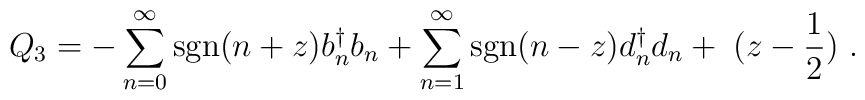
Q_3 = -\sum_{n=0}^{\infty} {\rm{sgn}}(n+z) b^\dagger _n b_n       + \sum_{n=1}^{\infty} {\rm{sgn}}(n-z) d^\dagger _n d_n     +\;(z -{1\over 2})  \ .